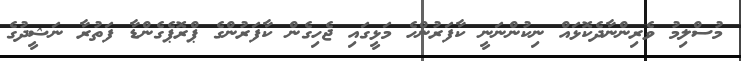
މުސްލިމު ވެރިންނާދެކޮޅައް ނިކުންނަނީ ކާފަރުންހެ މަޅީގައި ޖެހިގެން ކާފަރުންގެ ޕްރޮޕެގެންޑާ ފަތުރާ ނަޝީދުގެ